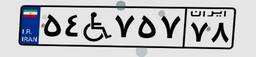
۵۴W۷۵۷۷۸